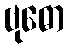
ဗုဓော